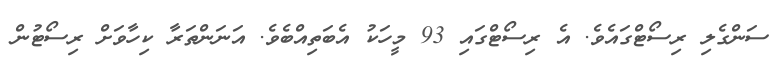
ސަންގެލި ރިސޯޓްގައެވެ. އެ ރިސޯޓްގައި 93 މީހަކު އެބަތިއްބެވެ. އަނަންތަރާ ކިހާވަށް ރިސޯޓުން